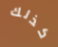
كذلك